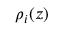
{ \rho } _ { i } ( z )